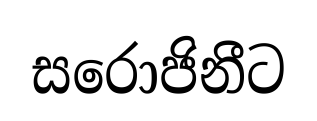
සරොජිනීට